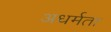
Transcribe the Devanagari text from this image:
अधर्मता